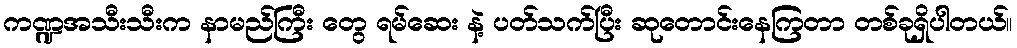
ကဏ္ဍအသီးသီးက နာမည်ကြီး တွေ ရမ်ဆေး နဲ့ ပတ်သက်ပြီး ဆုတောင်းနေကြတာ တစ်ခုရှိပါတယ်။